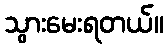
သွားမေးရတယ်။